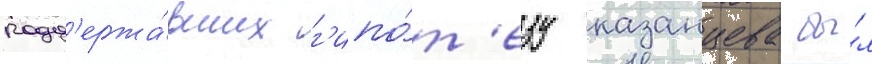
подд'ержа́вших г'ипо́т'езу казанцева бы́л